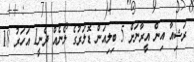
ރަޝިއާ އިން އީރާނަށް 5 ބިލިއަން ޑޮލަރުގެ ލޯނެއް ދެނީ1 އަހަރު 18